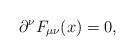
LaTeX: \begin{align*}\partial^\nu F_{\mu\nu}(x) = 0,\end{align*}